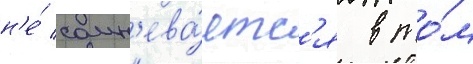
н'е́ сомн'ева́етс'я в то́м